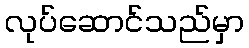
လုပ်ဆောင်သည်မှာ